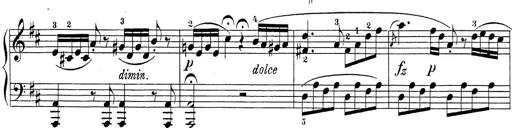
Title: Sonatina Album
Composer: Louis KÃ¶hler